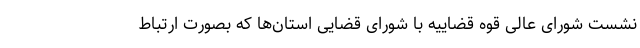
نشست شورای عالی قوه قضاییه با شورای قضایی استان‌ها که بصورت ارتباط